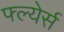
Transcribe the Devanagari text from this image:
फ्ल्येर्स